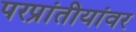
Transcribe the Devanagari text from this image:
परप्रांतीयांवर